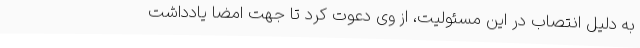
به دلیل انتصاب در این مسئولیت، از وی دعوت کرد تا جهت امضا یادداشت